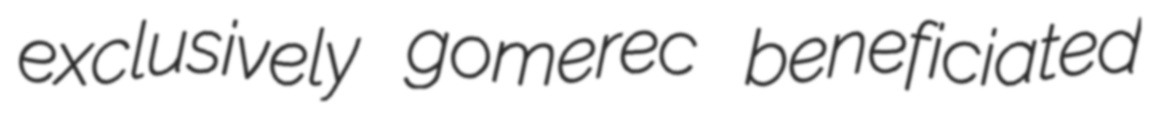
exclusively gomerec beneficiated